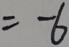
= - 6